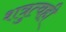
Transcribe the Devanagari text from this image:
शत्रुत्वही